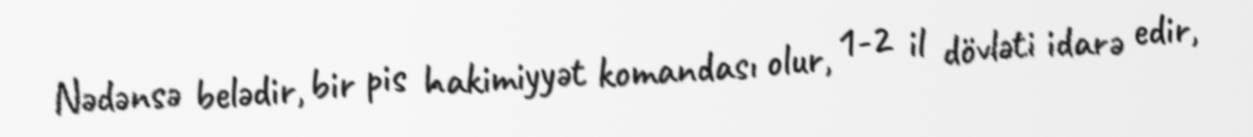
Nədənsə belədir, bir pis hakimiyyət komandası olur, 1-2 il dövləti idarə edir,